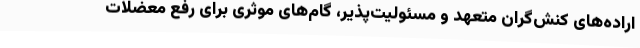
اراده‌های کنش‌گران متعهد و مسئولیت‌پذیر، گام‌های موثری برای رفع معضلات